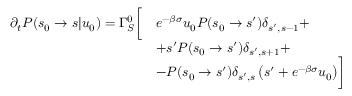
\begin{array} { r l } { \partial _ { t } P ( s _ { 0 } \to s | u _ { 0 } ) = \Gamma _ { S } ^ { 0 } \biggl [ } & { e ^ { - \beta \sigma } u _ { 0 } P ( s _ { 0 } \to s ^ { \prime } ) \delta _ { s ^ { \prime } , s - 1 } + } \\ & { + s ^ { \prime } P ( s _ { 0 } \to s ^ { \prime } ) \delta _ { s ^ { \prime } , s + 1 } + } \\ & { - P ( s _ { 0 } \to s ^ { \prime } ) \delta _ { s ^ { \prime } , s } \left( s ^ { \prime } + e ^ { - \beta \sigma } u _ { 0 } \right) \biggr ] } \end{array}